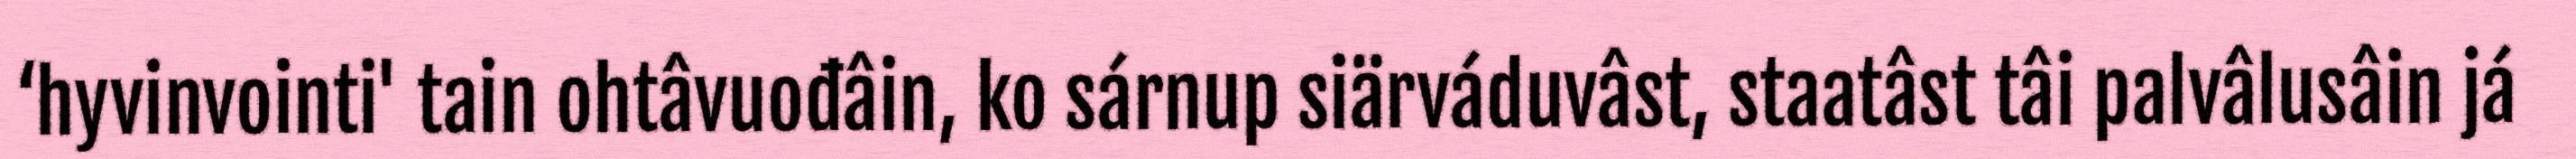
‘hyvinvointi' tain ohtâvuođâin, ko sárnup siärváduvâst, staatâst tâi palvâlusâin já